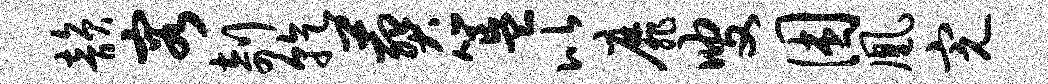
韵容剞乾葬簋比靡叟困凰完